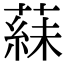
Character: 𬞍